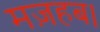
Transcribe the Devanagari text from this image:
मज़हब।